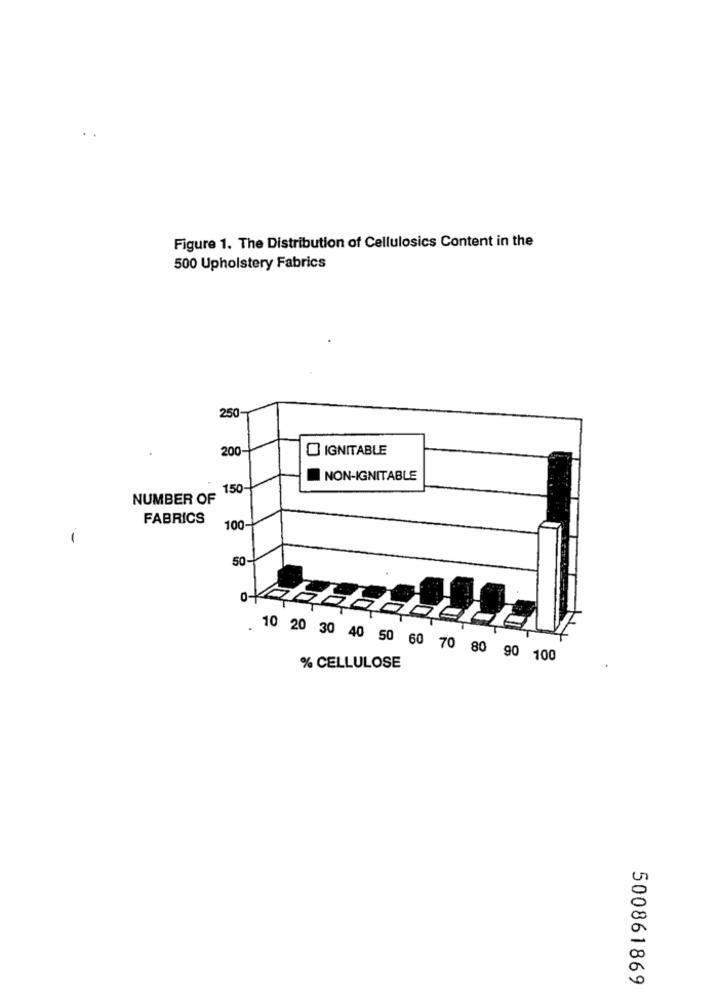
Figure 1. The Distribution of Cellulosics Content in the
500 Upholstery Fabrics
250-
200-
IGNITABLE
NON-IGNITABLE
. 150
NUMBER OF
FABRICS
100-
-
50
. 10 20 30 40 50 60 70 80 90 100
% CELLULOSE
500861869